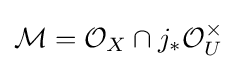
{\mathcal {M}}={\mathcal {O}}_{X}\cap j_{*}{\mathcal {O}}_{U}^{\times }